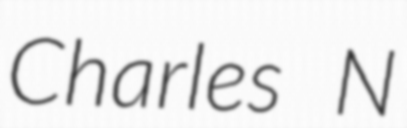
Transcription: Charles N